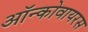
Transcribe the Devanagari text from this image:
ऑन्कोवायरस